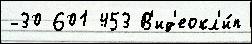
-30 601 453 В'ид'еокл'и́п